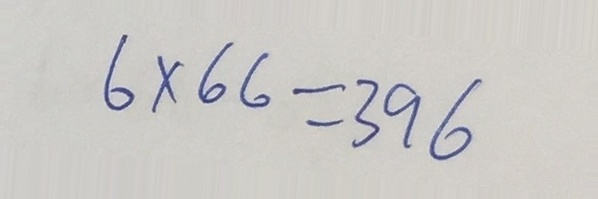
6 \times 6 6 = 3 9 6